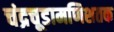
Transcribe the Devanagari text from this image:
चंद्रचूडामणिशतक